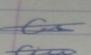
Signature authenticity: genuine